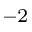
^ { - 2 }